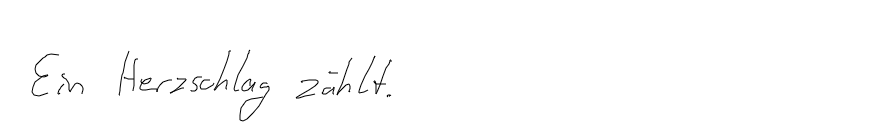
Ein Herzschlag zählt.